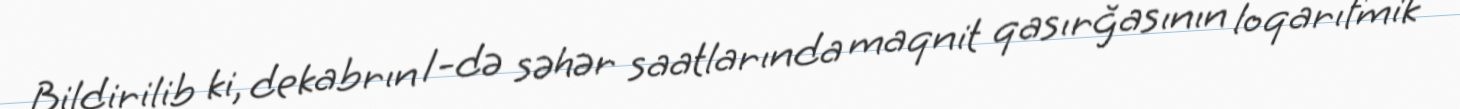
Bildirilib ki, dekabrın 1-də səhər saatlarında maqnit qasırğasının loqarıfmik